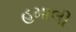
હમાલી